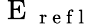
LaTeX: \mathrm{~E~}_{\mathrm{~r~e~f~l~}}